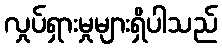
လှုပ်ရှားမှုများရှိပါသည်